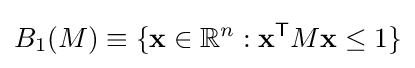
B_{1}(M)\equiv \{\mathbf {x} \in \mathbb {R} ^{n}:\mathbf {x} ^{\mathsf {T}}M\mathbf {x} \leq 1\}